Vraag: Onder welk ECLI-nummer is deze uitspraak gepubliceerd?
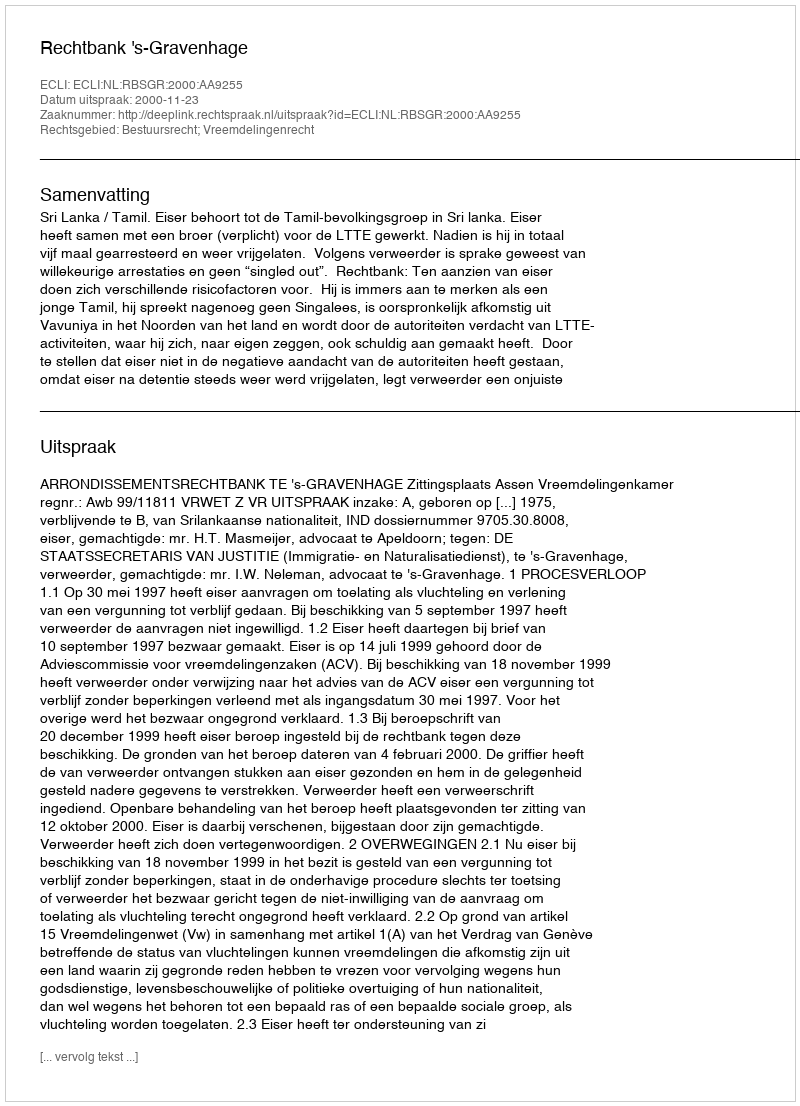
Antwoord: ECLI:NL:RBSGR:2000:AA9255